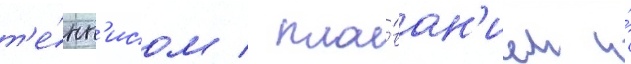
т'е́нн'исом / пла́ван'ием и́